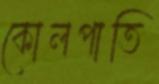
কোলপাতি